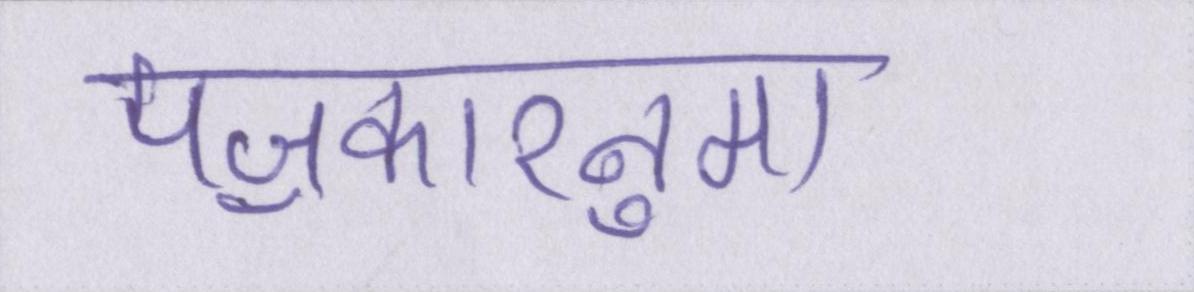
पॼकारनुमा